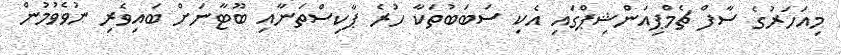
މިއަހަރުގެ ސާފް ޗެމްޕިއަންޝިޕްގައި އެކި ސަބަބުތަކާ ހުރެ ޕާކިސްތަނާއި ބޫޓާނަށް ބައިވެރި ނުވެވުމުން